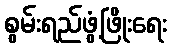
စွမ်းရည်ဖွံ့ဖြိုးရေး